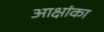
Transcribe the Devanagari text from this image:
आक्षांका